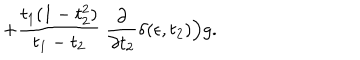
+ { \frac { t _ { 1 } ( 1 - t _ { 2 } ^ { 2 } ) } { t _ { 1 } - t _ { 2 } } } ~ { \frac { \partial } { \partial t _ { 2 } } } \delta ( \epsilon , t _ { 2 } ) \Big ) g .